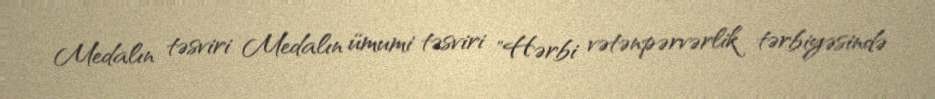
Medalın təsviri Medalın ümumi təsviri "Hərbi vətənpərvərlik tərbiyəsində